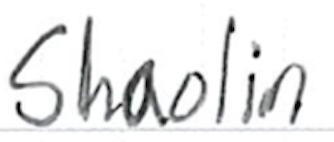
Text: Shaolin
Cross-out: clean
Writing tool: ballpoint